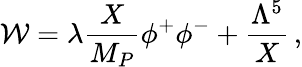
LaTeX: \mathcal{W}=\lambda\frac{{X}}{{M_{P}}}\phi^{+}\phi^{-}+\frac{{\Lambda^{5}}}{{X}}\, ,